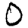
Digit: 0